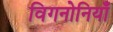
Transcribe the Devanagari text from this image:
विगनोनियाँ